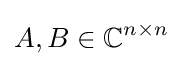
A,B\in \mathbb {C} ^{n\times n}